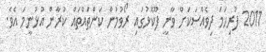
2011 ފުރިހަމަ ދިވެއްސަކަށް ވާނީ ފޫކޮޅުގައި ރޯވުމުން ކަންތައްތައް ކުރާން އުޅުނީމަ އެވެ.